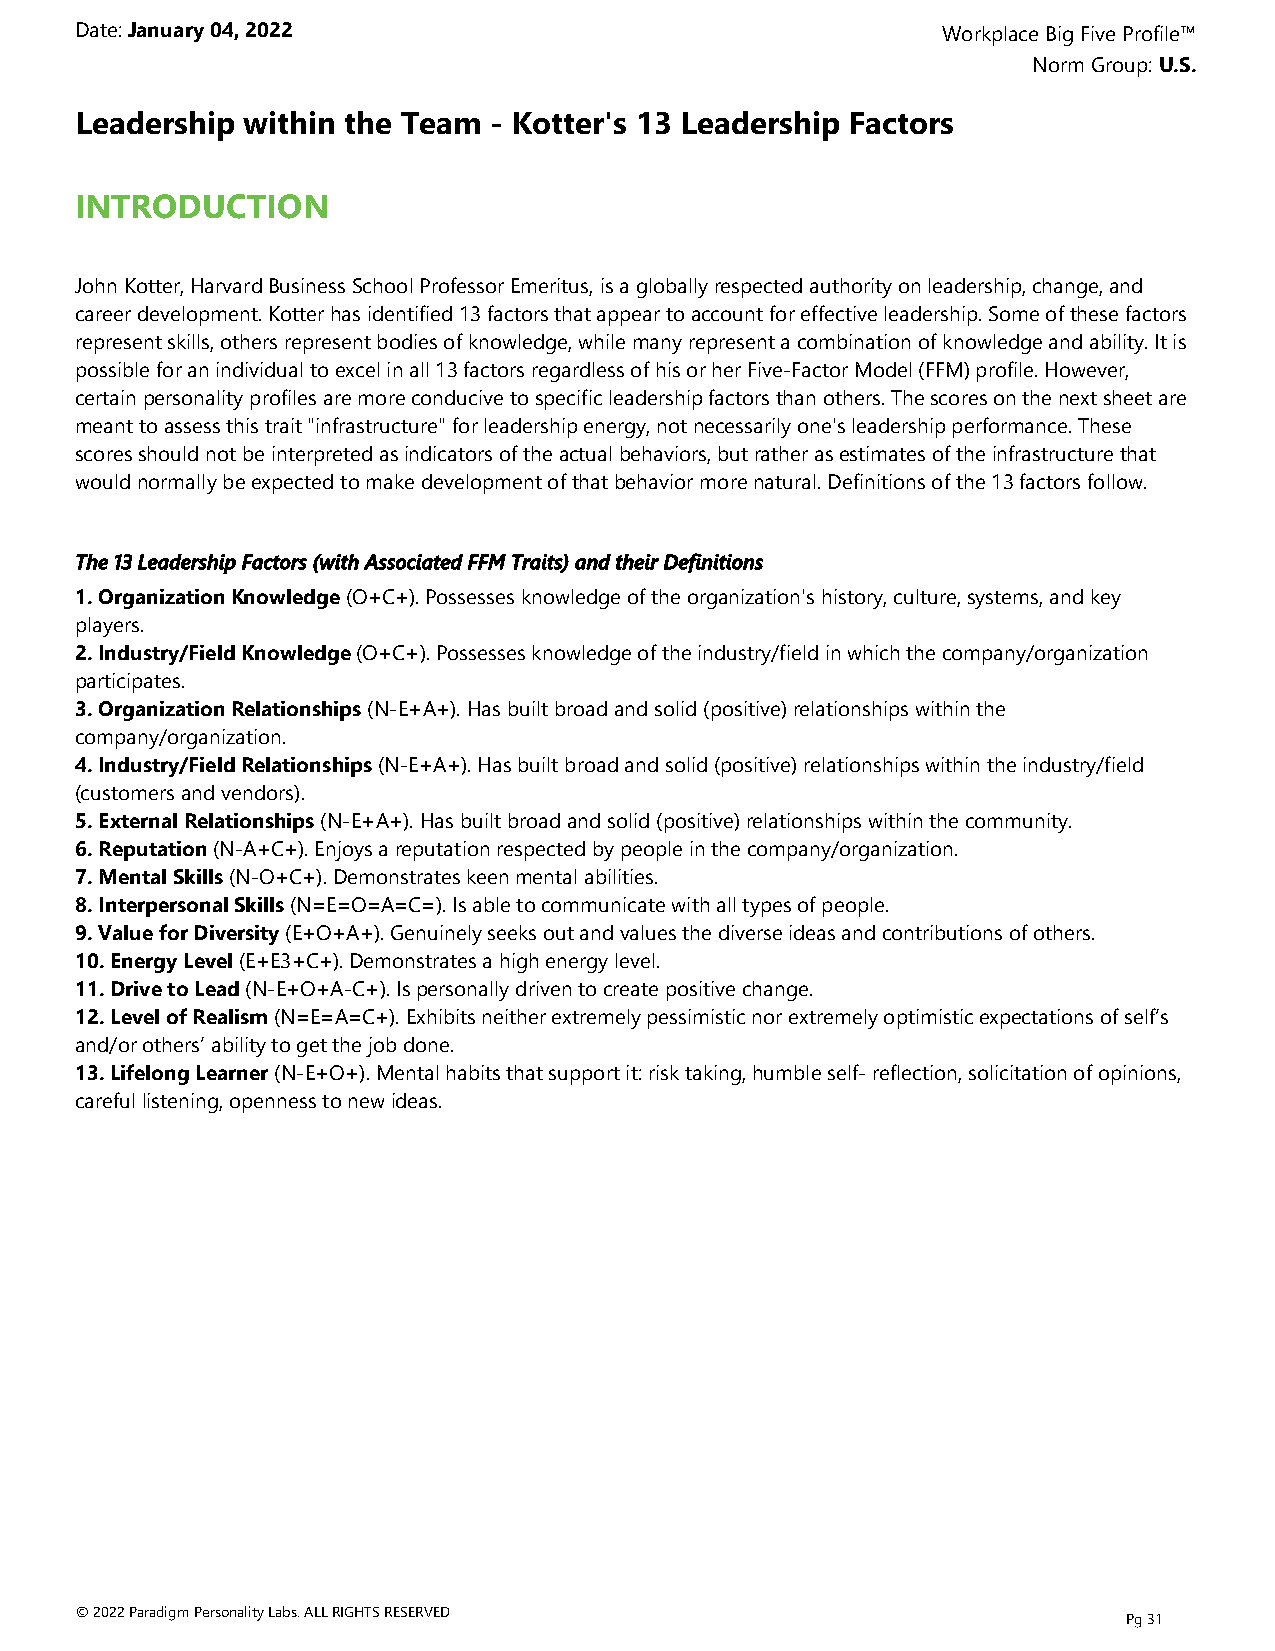
Date: January 04, 2022                                   Workplace Big Five Profile™
 Norm Group: U.S.
 Leadership within the Team  - Kotter's 13 Leadership Factors
 INTRODUCTION
 John Kotter, Harvard Business School Professor Emeritus, is a globally respected authority on leadership, change, and
 career development. Kotter has identified 13 factors that appear to account for effective leadership. Some of these factors
 represent skills, others represent bodies of knowledge, while many represent a combination of knowledge and ability. It is
 possible for an individual to excel in all 13 factors regardless of his or her Five-Factor Model (FFM) profile. However,
 certain personality profiles are more conducive to specific leadership factors than others. The scores on the next sheet are
 meant to assess this trait "infrastructure" for leadership energy, not necessarily one's leadership performance. These
 scores should not be interpreted as indicators of the actual behaviors, but rather as estimates of the infrastructure that
 would normally be expected to make development of that behavior more natural. Definitions of the 13 factors follow.
 The 13 Leadership Factors (with Associated FFM Traits) and their Definitions
 1. Organization Knowledge (O+C+). Possesses knowledge of the organization's history, culture, systems, and key
 players.
 2. Industry/Field Knowledge (O+C+). Possesses knowledge of the industry/field in which the company/organization
 participates.
 3. Organization Relationships (N-E+A+). Has built broad and solid (positive) relationships within the
 company/organization.
 4. Industry/Field Relationships (N-E+A+). Has built broad and solid (positive) relationships within the industry/field
 (customers and vendors).
 5. External Relationships (N-E+A+). Has built broad and solid (positive) relationships within the community.
 6. Reputation (N-A+C+). Enjoys a reputation respected by people in the company/organization.
 7. Mental Skills (N-O+C+). Demonstrates keen mental abilities.
 8. Interpersonal Skills (N=E=O=A=C=). Is able to communicate with all types of people.
 9. Value for Diversity (E+O+A+). Genuinely seeks out and values the diverse ideas and contributions of others.
 10. Energy Level (E+E3+C+). Demonstrates a high energy level.
 11. Drive to Lead (N-E+O+A-C+). Is personally driven to create positive change.
 12. Level of Realism (N=E=A=C+). Exhibits neither extremely pessimistic nor extremely optimistic expectations of self’s
 and/or others’ ability to get the job done.
 13. Lifelong Learner (N-E+O+). Mental habits that support it: risk taking, humble self- reflection, solicitation of opinions,
 careful listening, openness to new ideas.
 © 2022 Paradigm Personality Labs. ALL RIGHTS RESERVED
 Pg 31